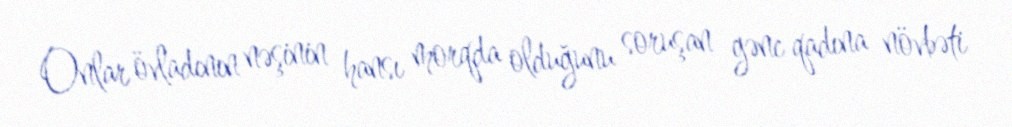
Onlar övladının nəşinin hansı morqda olduğunu soruşan gənc qadına növbəti